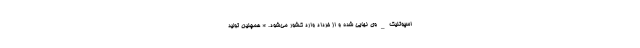
اسپوتنیک_وی نهایی شده و از خرداد وارد کشور می‌شود. * همچنین تولید